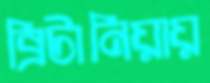
ব্রিটানিয়ায়